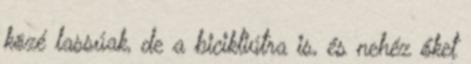
közé lassúak, de a bicikliútra is, és nehéz őket